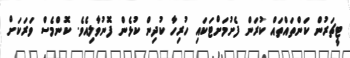
ޓީޗަރުން ކަންތައްތައް ކުރަން ފެށުމަށްޓަކައި ހުރިހާ ކުދިން ކުޅެން ފޮނުވާލިއެވެ. ކޮންމެސް ވަރަކަށް